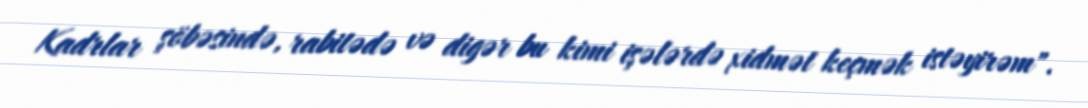
Kadrlar şöbəsində, rabitədə və digər bu kimi işələrdə xidmət keçmək istəyirəm".